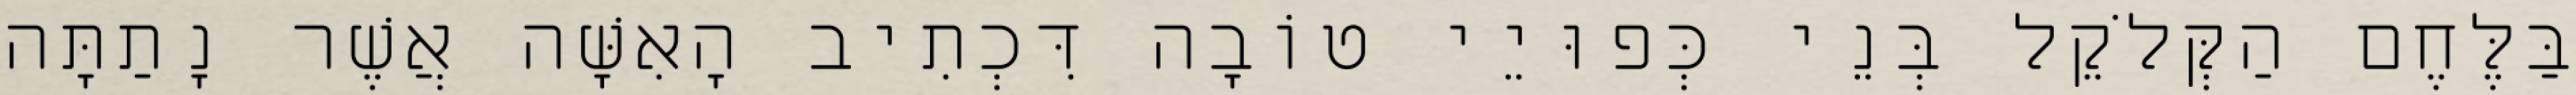
בַּלֶּחֶם הַקְּלֹקֵל בְּנֵי כְּפוּיֵי טוֹבָה דִּכְתִיב הָאִשָּׁה אֲשֶׁר נָתַתָּה